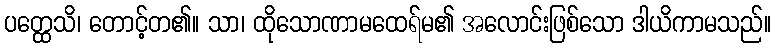
ပတ္ထေသိ၊ တောင့်တ၏။ သာ၊ ထိုသောဏာမထေရ်မ၏ အလောင်းဖြစ်သော ဒါယိကာမသည်။